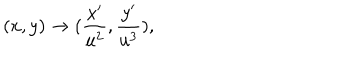
LaTeX: ( x , y ) \rightarrow ( \frac { x ^ { \prime } } { u ^ { 2 } } , \frac { y ^ { \prime } } { u ^ { 3 } } ) ,